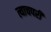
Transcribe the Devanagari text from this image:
त्याचपरी